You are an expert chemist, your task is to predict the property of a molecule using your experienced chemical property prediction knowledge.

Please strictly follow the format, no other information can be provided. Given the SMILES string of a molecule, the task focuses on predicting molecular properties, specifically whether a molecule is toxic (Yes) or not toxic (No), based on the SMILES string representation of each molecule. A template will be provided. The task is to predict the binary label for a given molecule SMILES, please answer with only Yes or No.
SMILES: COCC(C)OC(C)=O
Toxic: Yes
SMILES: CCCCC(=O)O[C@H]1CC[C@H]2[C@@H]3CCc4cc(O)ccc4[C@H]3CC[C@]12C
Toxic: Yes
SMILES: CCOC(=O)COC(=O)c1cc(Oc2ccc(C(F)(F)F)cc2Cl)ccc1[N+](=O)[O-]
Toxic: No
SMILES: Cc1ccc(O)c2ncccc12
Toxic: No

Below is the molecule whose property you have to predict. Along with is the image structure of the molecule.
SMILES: CN(CC(=O)N1CCOCC1)Cc1c(Cl)cccc1NC(=O)c1ccccc1
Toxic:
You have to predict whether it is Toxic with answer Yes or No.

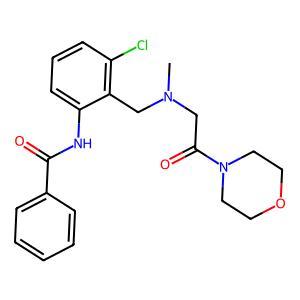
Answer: No